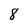
Character: 8